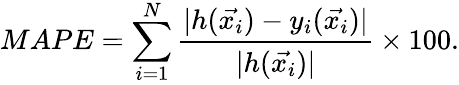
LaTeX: MAPE=\sum_{i=1}^{N}\frac{\lvert h(\vec{x_{i}})-y_{i}(\vec{x_{i}})\rvert}{\lvert h(\vec{x_{i}})\rvert}\times 100.